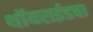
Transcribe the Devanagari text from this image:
थॉयराईडचा